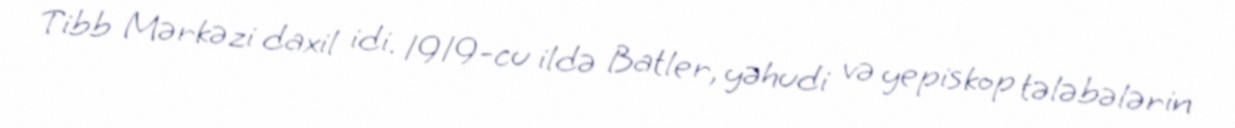
Tibb Mərkəzi daxil idi. 1919-cu ildə Batler, yəhudi və yepiskop tələbələrin